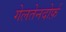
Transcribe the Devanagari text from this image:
गेलतेनदोर्फ़